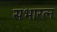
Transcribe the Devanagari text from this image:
सभारत्न